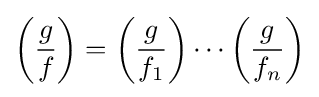
\left({\frac {g}{f}}\right)=\left({\frac {g}{f_{1}}}\right)\cdots \left({\frac {g}{f_{n}}}\right)